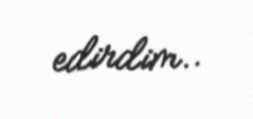
edirdim..